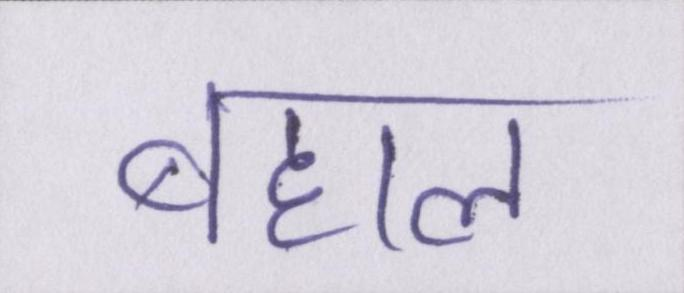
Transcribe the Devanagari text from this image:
बहाल